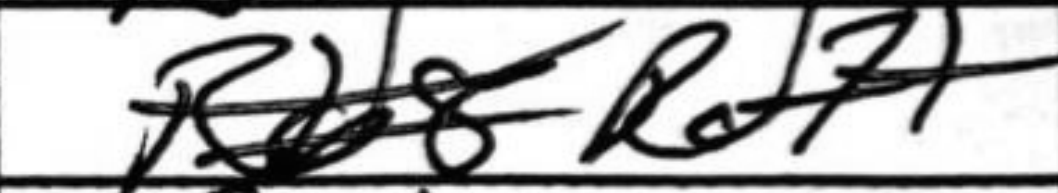
Transcription: Rd7+